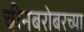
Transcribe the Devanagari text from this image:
चीनबरोबरच्या